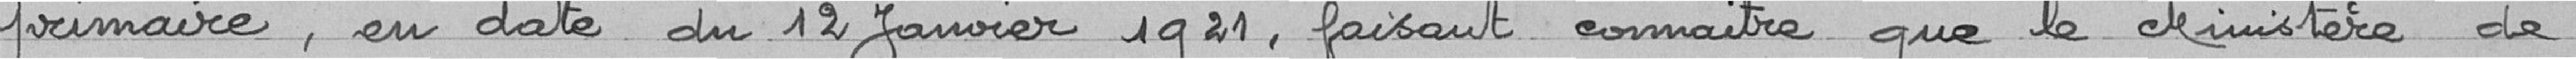
primaire, en date du 12 janvier 1921, faisant connaître que le Ministère de